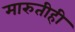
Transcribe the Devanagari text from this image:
मारुतीही